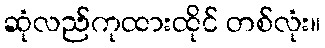
ဆုံလည်ကုထားထိုင် တစ်လုံး။